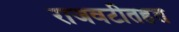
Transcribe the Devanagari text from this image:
राजवटीतहत